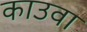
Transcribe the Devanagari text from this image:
काउवा